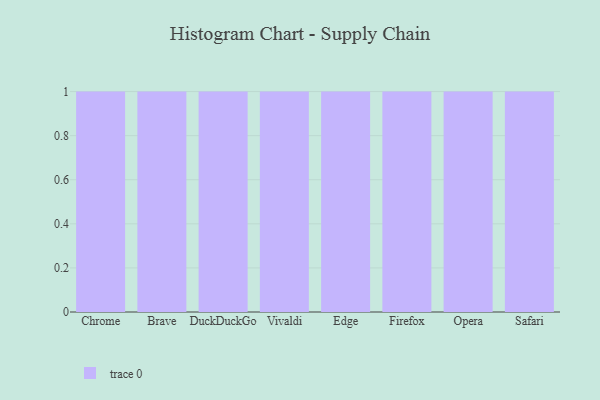
{"axis": {"x": "Browser", "y": "Gross Profit (USD K)"}, "legend": [""], "data": [{"x": "Chrome", "y": 87, "type": ""}, {"x": "Brave", "y": 84, "type": ""}, {"x": "DuckDuckGo", "y": 79, "type": ""}, {"x": "Vivaldi", "y": 93, "type": ""}, {"x": "Edge", "y": 97, "type": ""}, {"x": "Firefox", "y": 80, "type": ""}, {"x": "Opera", "y": 79, "type": ""}, {"x": "Safari", "y": 73, "type": ""}]}